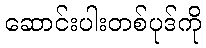
ဆောင်းပါးတစ်ပုဒ်ကို